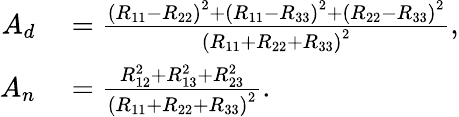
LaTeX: \begin{array}{rl}{A_{d}}&{{}=\frac{\left(R_{11}-R_{22}\right)^{2}+\left(R_{11}-R_{33}\right)^{2}+\left(R_{22}-R_{33}\right)^{2}}{\left(R_{11}+R_{22}+R_{33}\right)^{2}},}\\ {A_{n}}&{{}=\frac{R_{12}^{2}+R_{13}^{2}+R_{23}^{2}}{\left(R_{11}+R_{22}+R_{33}\right)^{2}}.}\end{array}